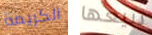
الكريمة تبيعها